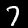
Digit: 7